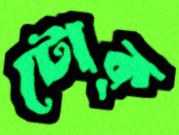
টোক্‌